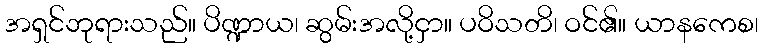
အရှင်ဘုရားသည်။ ပိဏ္ဍာယ၊ ဆွမ်းအလို့ငှာ။ ပဝိသတိ၊ ဝင်၏။ ယာနကေစ၊